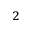
^ 2